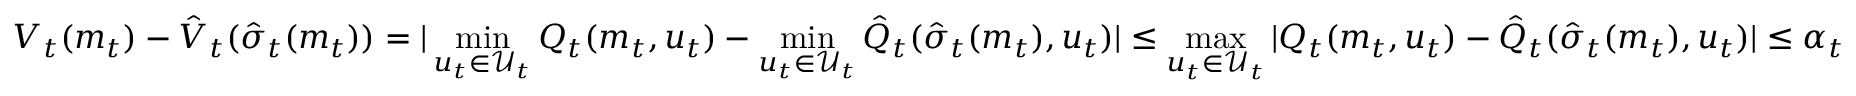
V _ { t } ( m _ { t } ) - \hat { V } _ { t } ( \hat { \sigma } _ { t } ( m _ { t } ) ) = | \operatorname* { m i n } _ { u _ { t } \in \mathcal { U } _ { t } } Q _ { t } ( m _ { t } , u _ { t } ) - \operatorname* { m i n } _ { u _ { t } \in \mathcal { U } _ { t } } \hat { Q } _ { t } ( \hat { \sigma } _ { t } ( m _ { t } ) , u _ { t } ) | \leq \operatorname* { m a x } _ { u _ { t } \in \mathcal { U } _ { t } } | Q _ { t } ( m _ { t } , u _ { t } ) - \hat { Q } _ { t } ( \hat { \sigma } _ { t } ( m _ { t } ) , u _ { t } ) | \leq \alpha _ { t }